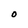
Character: O